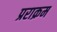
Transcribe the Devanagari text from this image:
प्रराक्रम